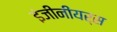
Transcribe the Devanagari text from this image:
इंजीनीयर्स